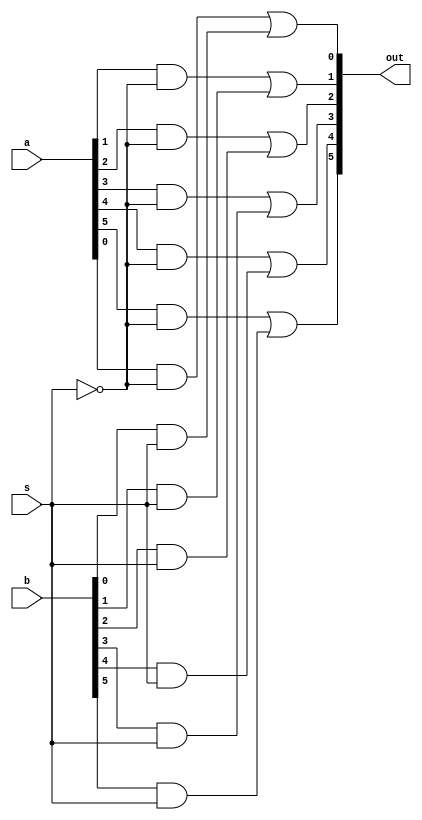
module mux12to6 (out, a, b, s);

output [5:0] out;
input  [5:0] a, b;
input  s;
wire   [5:0]w1;
wire   [5:0]w2;

and (w1[0], a[0], ~s);
and (w2[0], b[0], s);

or (out[0], w1[0], w2[0]);

and (w1[1], a[1], ~s);
and (w2[1], b[1], s);

or (out[1], w1[1], w2[1]);

and (w1[2], a[2], ~s);
and (w2[2], b[2], s);

or (out[2], w1[2], w2[2]);

and (w1[3], a[3], ~s);
and (w2[3], b[3], s);

or (out[3], w1[3], w2[3]);

and (w1[4], a[4], ~s);
and (w2[4], b[4], s);

or (out[4], w1[4], w2[4]);

and (w1[5], a[5], ~s);
and (w2[5], b[5], s);

or (out[5], w1[5], w2[5]);
endmodule